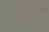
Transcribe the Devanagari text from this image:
वैडुर्य